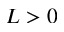
L > 0